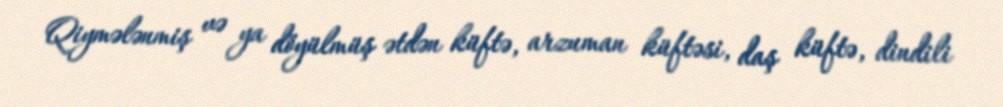
Qiymələnmiş və ya döyülmüş ətdən küftə, arzuman küftəsi, daş küftə, dindili